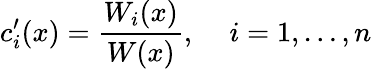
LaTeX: c_{i}^{\prime}(x)={\frac{W_{i}(x)}{W(x)}},\, \quad i=1,\ldots,n